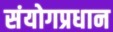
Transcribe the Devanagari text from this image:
संयोगप्रधान